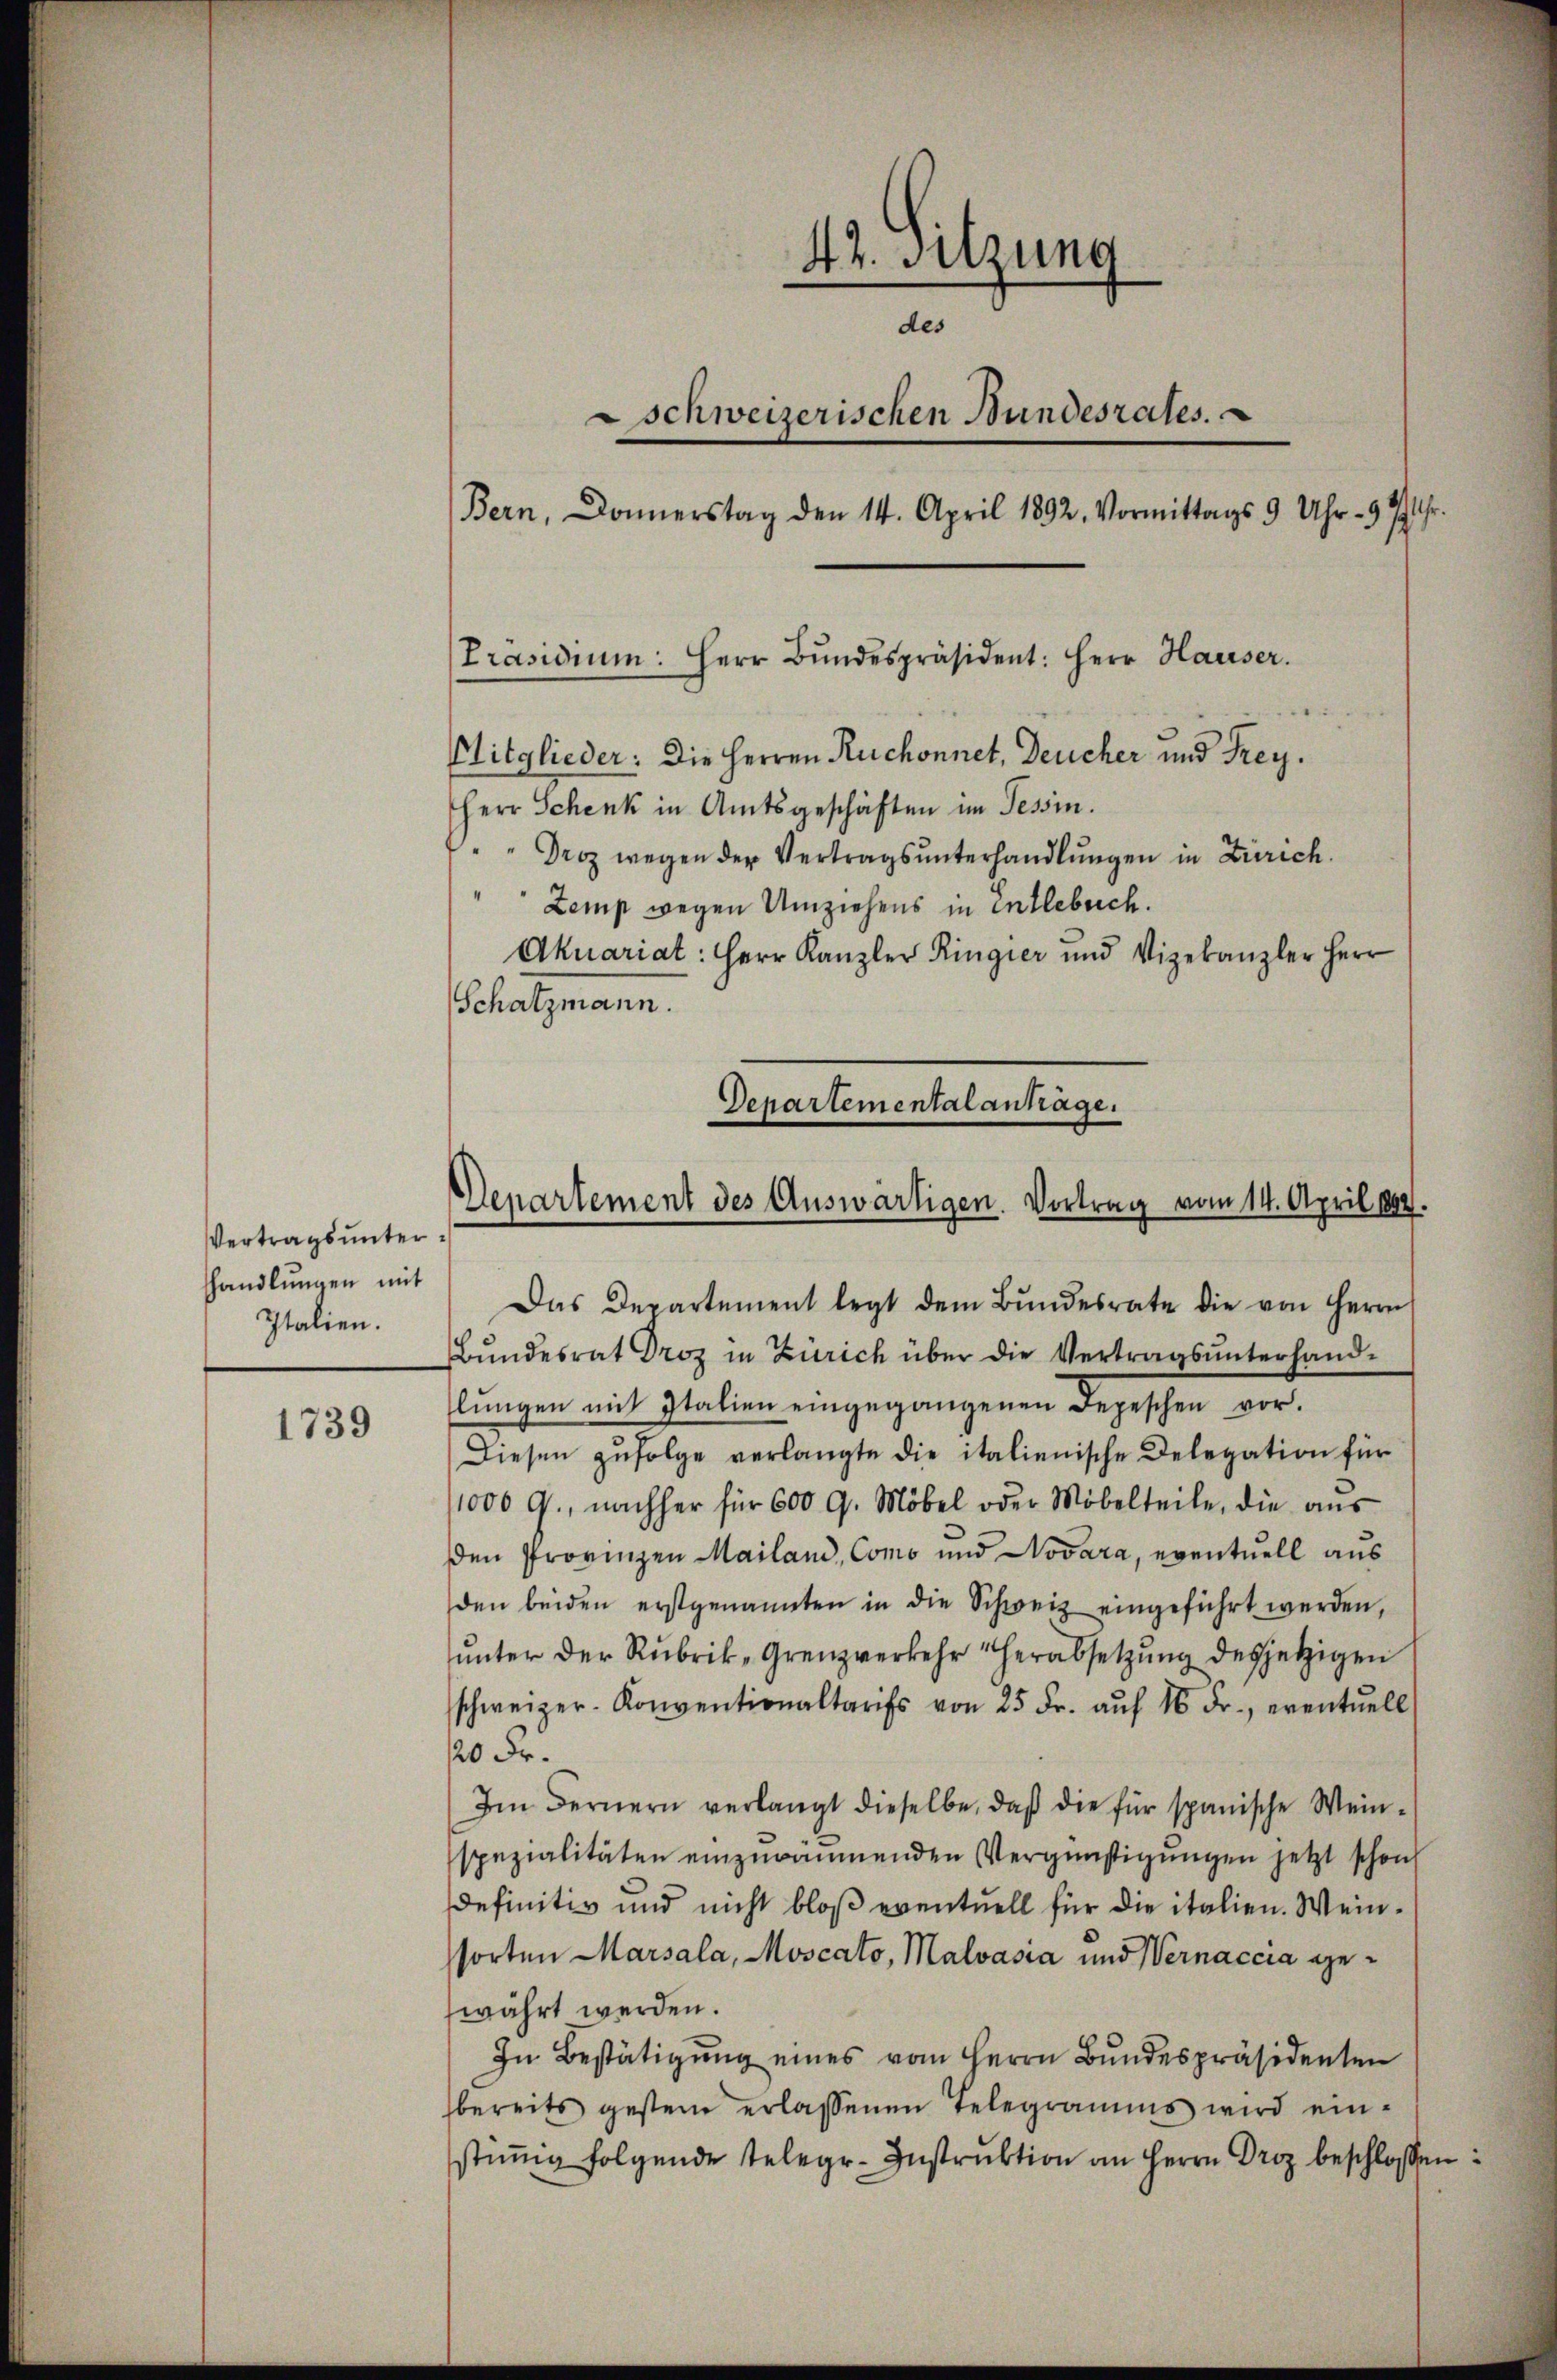
Vertragsunter
hhandlungen mit
Italien.

1739

42. Sitzung
des
schweizerischen Bundesrates.
Bern, Donnerstag den 14. April 1892. Vormittags 9 Uhr - 9 7 Uhr

[Präsidium: Herr Bŭndespräsident: Herr Hauser.

Mitglieder: Die Herren Ruchonnet, Deucher und Frey.
Herr Schenk in Amtsgeschäften im Tessin.
"Droz wegen der Vertragsunterhandlungen in Zürich.
Zemp wegen Umziehens in entlebrich.
Akuariat: Herr Kanzler Ringier und Vizekanzler Herr
Schatzmann.

Departementalanträge.
Departement des Auswärtigen. Vortrag vom 14. April 1892.

Das Departement legt dem Bŭndesrate die von Herrn
Bŭndesrat Droz in Zürich über die Vertragsŭnterhand-
lŭngen mit Italien eingegangenen Depeschen vor.
Diesen zufolge verlangte die italienische Delegation für
1000 G., nachher für 600 G. Möbel oder Möbelteile, die aus
den Provinzen Mailand, Como und Novara, eventuell aus
den beiden erstgenannten in die Schweiz eingeführt werden,
ŭnter der Rubrik-Grenzverkehr herabsetzŭng desjetzigen
schweizer-Konventionaltarifs von 25 Fr. aŭf 16 Fr., eventuell
20 Fr.
Im Fernern verlangt dieselbe, daβ die für spanische Wein-
spezialitäten einzuräumenden Vergünstigungen jetzt schon
definitiv und nicht bloß eventuell für die italien. Weinsorten Marsala, Moscato, Malvasia und Vernaccia gewährt werden.
In Bestätigŭng eines vom Herrn Bŭndespräsidenten
bereits gester erlassenen Telegramms wird einstiṁig folgende Telegr-Instruktion an Herrn Droz beschlossen: